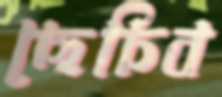
ছেচিব